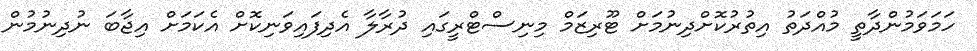
ހަމަވަމުންދާތީ މުއްދަތު އިތުރުކޮށްދިނުމަށް ޓޫރިޒަމް މިނިސްޓްރީގައި ދުރާލާ އެދިފައިވަނިކޮށް އެކަމަށް އިޖާބަ ނުދިނުމުން